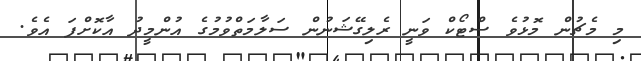
މި މެޗުން މޮޅުވެ ސްޓޯކް ވަނީ ރެލިގޭޝަނުން ސަލާމަތްވުމުގެ އުންމީދު އާކޮށްފަ އެވެ.